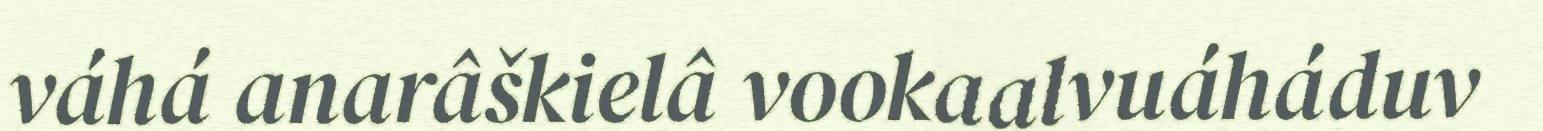
váhá anarâškielâ vookaalvuáháduv